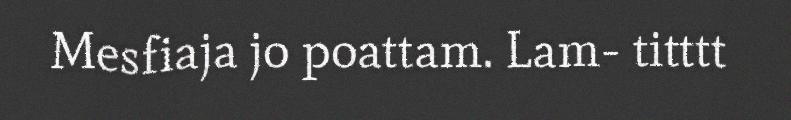
Mesfiaja jo poattam. Lam- titttt